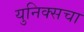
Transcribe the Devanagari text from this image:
युनिक्सचा